Bombay plague: being a history of the progress of plague in the Bombay presidency from September 1896 to June 1899
Year: 1896
Disease focus: Plague
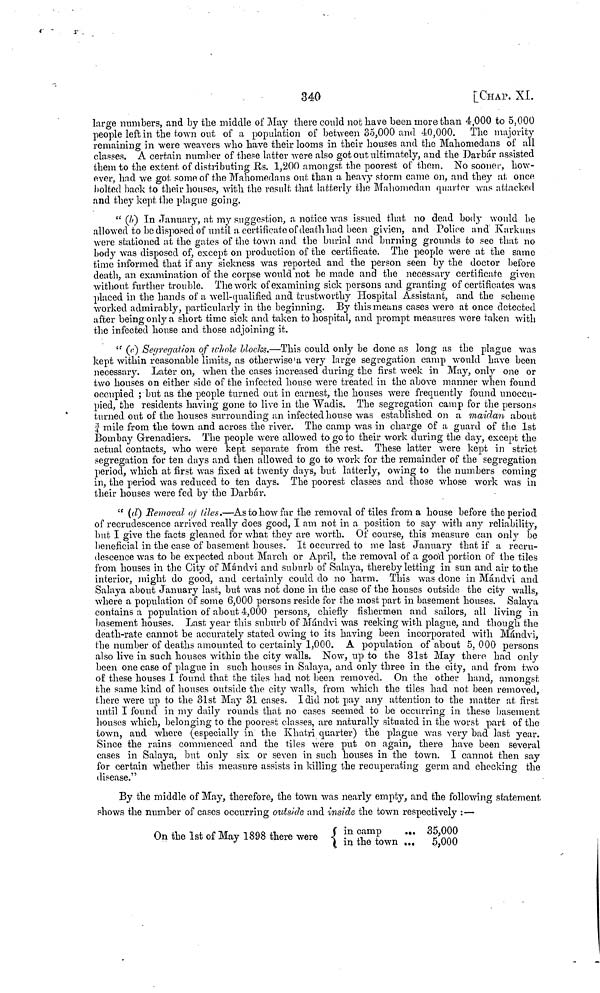
340
[CHAP. XL
large numbers, and by the middle of May there could not have been more than 4,000 to 5,000
people left in the town out of a population of between 35,000 and 40,000. The majority
remaining in were weavers who have their looms in their houses and the Mahomedans of all
classes. A certain number of these latter were also got out ultimately, and the Darbár assisted
them to the extent of distributing Rs. 1,200 amongst the poorest of them. No sooner, how-
ever, had we got some of the Mahomedans out than a heavy storm came on, and they at once
bolted back to their houses, with the result that latterly the Mahomedan quarter was attacked
and they kept the plague going.
" (b) In January, at my suggestion, a notice was issued that no dead body would be
allowed to be disposed of until a certificate of death had been givien, and Police and Karkuns
were stationed at the gates of the town and the burial and burning grounds to see that no
body was disposed of, except on production of the certificate. The people were at the same
time informed that if any sickness was reported and the person seen by the doctor before
death, an examination of the corpse would not be made and the necessary certificate given
without further trouble. The work of examining sick persons and granting of certificates was
placed in the hands of a well-qualified and trustworthy Hospital Assistant, and the scheme
worked admirably, particularly in the beginning. By this means cases were at once detected
after being only a short time sick and taken to hospital, and prompt measures were taken with
the infected house and those adjoining it.
" (c) Segregation of whole blocks.—This could only be done as long as the plague was
kept within reasonable limits, as otherwise a very large segregation camp would have been
necessary. Later on, when the cases increased during the first week in May, only one or
two houses on either side of the infected house were treated in the above manner when found
occupied ; but as the people turned out in earnest, the houses were frequently found unoccu-
pied, the residents having gone to live in the Wadis. The segregation camp for the persons
turned out of the houses surrounding an infected house was established on a maidan about
¾ mile from the town and across the river. The camp was in charge of a guard of the 1st
Bombay Grenadiers. The people were allowed to go to their work during the day, except the
actual contacts, who were kept separate from the rest. These latter were kept in strict
segregation for ten days and then allowed to go to work for the remainder of the segregation
period, which at first was fixed at twenty clays, but latterly, owing to the numbers coming
in, the period was reduced to ten days. The poorest classes and those whose work was in
their houses were fed by the Darbár.
" (d) Removal of tiles.—As to how far the removal of tiles from a house before the period
of recrudescence arrived really does good, I am not in a position to say with any reliability,
but I give the facts gleaned for what they are worth. Of course, this measure can only be
beneficial in the case of basement houses. It occurred to me last January that if a recru-
descence was to be expected about March or April, the removal of a good portion of the tiles
from houses in the City of Mándvi and suburb of Salaya, thereby letting in sun and air to the
interior, might do good, and certainly could do no harm. This was done in Mándvi and
Salaya about January last, but was not done in the case of the houses outside the city walls,
where a population of some 6,000 persons reside for the most part in basement houses. Salaya
contains a population of about 4,000 persons, chiefly fishermen and sailors, all living in
basement houses. Last year this suburb of Mándvi was reeking with plague, and though the
death-rate cannot be accurately stated owing to its having been incorporated with Mándvi,
the number of deaths amounted to certainly 1,000. A population of about 5, 000 persons
also live in such houses within the city walls. Now, up to the 31st May there had only
been one case of plague in such houses in Salaya, and only three in the city, and from two
of these houses I found that the tiles had not been removed. On the other hand, amongst
the same kind of houses outside the city walls, from which the tiles had not been removed,
there were up to the 31st May 31 cases. I did not pay any attention to the matter at first
until I found in my daily rounds that no cases seemed to be occurring in these basement
bouses which, belonging to the poorest classes, are naturally situated in the worst part of the
town, and where (especially in the Khatri quarter) the plague was very bad last year.
Since the rains commenced and the tiles were put on again, there have been several
cases in Salaya, but only six or seven in such houses in the town. I cannot then say
for certain whether this measure assists in killing the recuperating germ and checking the
disease."
By the middle of May, therefore, the town was nearly empty, and the following statement
shows the number of cases occurring outside and inside the town respectively :—
On the 1st of May 1898 there were {in camp ... 35,000
in
the
town
...
5,00